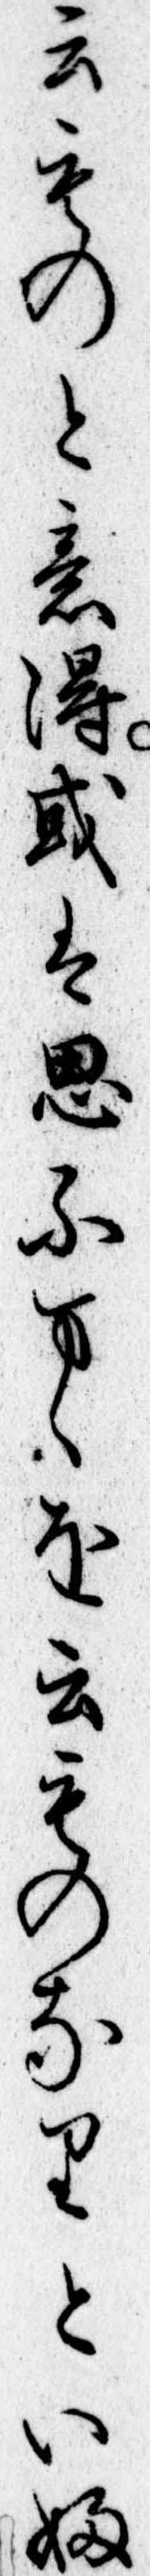
云ものと意得或は思ふまゝを云ものなりといふ